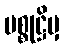
ပစ္စုဋ္ဌိမှ